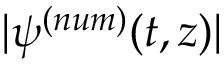
| \psi ^ { ( n u m ) } ( t , z ) |